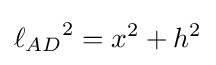
{\ell _{AD}}^{2}=x^{2}+h^{2}